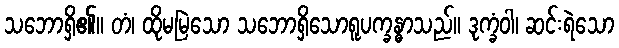
သဘောရှိ၏။ တံ၊ ထိုမမြဲသော သဘောရှိသောရူပက္ခန္ဓာသည်။ ဒုက္ခံဝါ၊ ဆင်းရဲသော